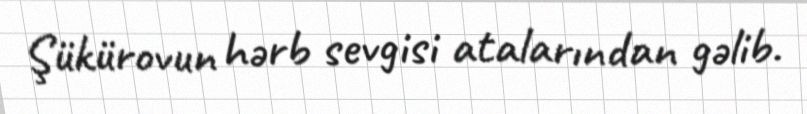
Şükürovun hərb sevgisi atalarından gəlib.